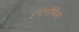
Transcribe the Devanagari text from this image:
इर्गानॉमिक्स